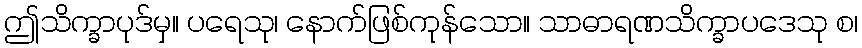
ဤသိက္ခာပုဒ်မှ။ ပရေသု၊ နောက်ဖြစ်ကုန်သော။ သာဓာရဏသိက္ခာပဒေသု စ၊